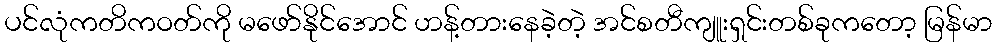
ပင်လုံကတိကဝတ်ကို မဖော်နိုင်အောင် ဟန့်တားနေခဲ့တဲ့ အင်စတီကျူးရှင်းတစ်ခုကတော့ မြန်မာ